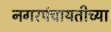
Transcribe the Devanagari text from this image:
नगरपंचायतीच्या